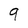
Character: 9